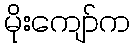
မိုးကျော်က